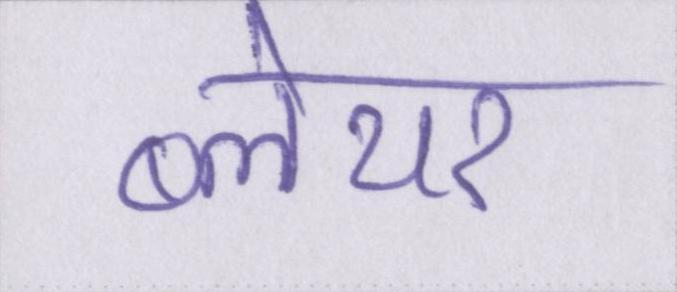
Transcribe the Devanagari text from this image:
ब्लेयर